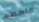
التحطم